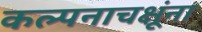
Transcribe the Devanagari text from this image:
कल्पनाचक्षूंना